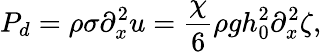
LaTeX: P_{d}=\rho\sigma\partial_{x}^{2}u=\frac{\chi}{6}\rho gh_{0}^{2}\partial_{x}^{2}\zeta,